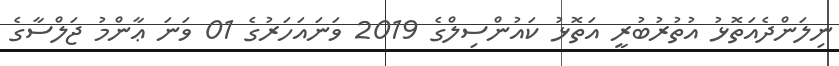
ނިލަންދެއަތޮޅު އުތުރުބުރީ އަތޮޅު ކައުންސިލްގެ 2019 ވަނައަހަރުގެ 01 ވަނަ ޢާންމު ޖަލްސާގެ